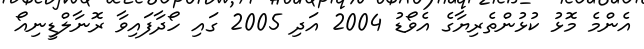
އެންމެ މޮޅު ކުޅުންތެރިޔާގެ އެވޯޑު 2004 އަދި 2005 ގައި ހޯދާފައިވާ ރޮނާލްޑީނިއޯ